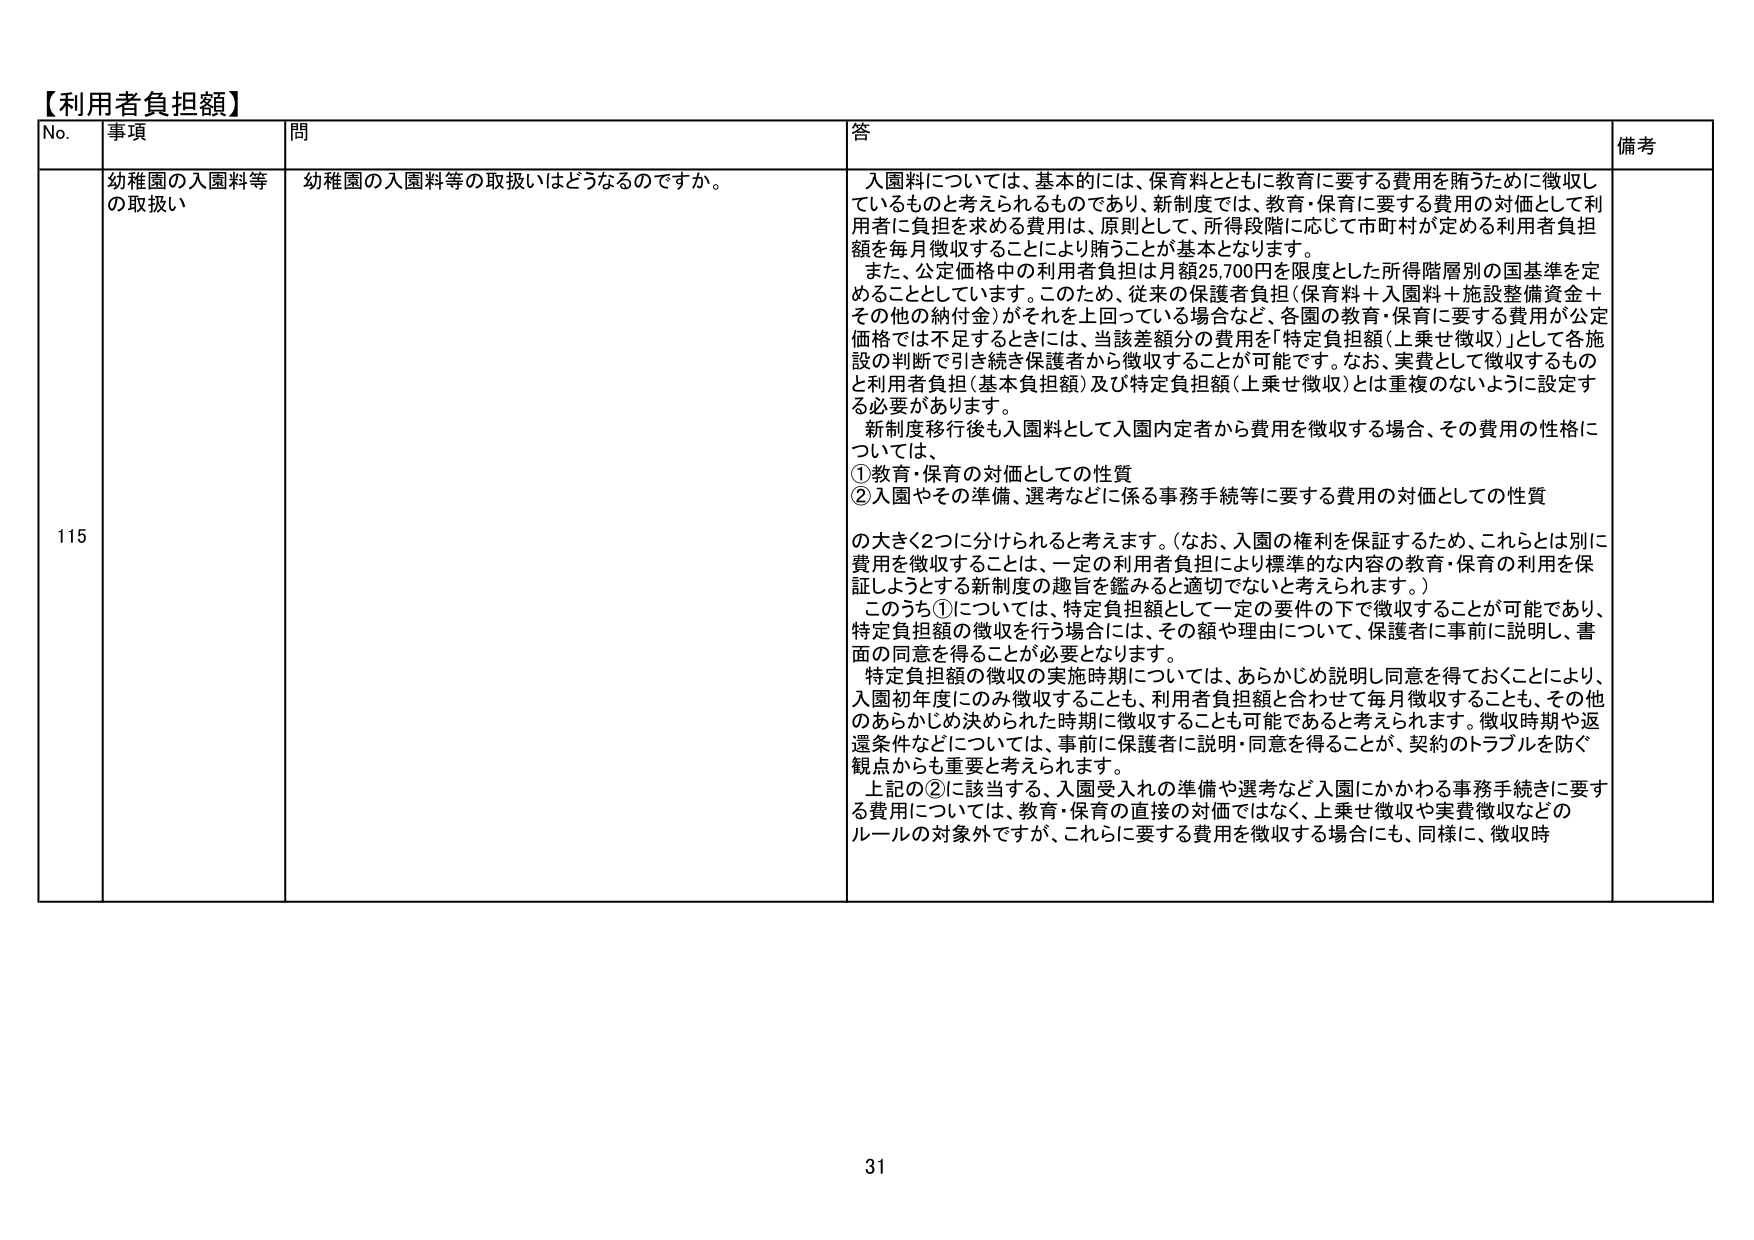
【利用者負担額】
No. 事項 問 答 備考
115 幼稚園の入園料等の取扱い 幼稚園の入園料等の取扱いはどうなるのですか。 入園料については、基本的には、保育料とともに教育に要する費用を賄うために徴収しているものと考えられるものであり、新制度では、教育・保育に要する費用の対価として利用者に負担を求める費用は、原則として、所得段階に応じて市町村が定める利用者負担額を毎月徴収することにより賄うことが基本となります。 また、公定価格中の利用者負担は月額25,700円を限度とした所得階層別の国基準を定めることとしています。このため、従来の保護者負担（保育料＋入園料＋施設整備資金＋その他の納付金）がそれを上回っている場合など、各園の教育・保育に要する費用が公定価格では不足するときには、当該差額分の費用を「特定負担額（上乗せ徴収）」として各施設の判断で引き続き保護者から徴収することが可能です。なお、実費として徴収するものと利用者負担（基本負担額）及び特定負担額（上乗せ徴収）とは重複のないように設定する必要があります。 新制度移行後も入園料として入園内定者から費用を徴収する場合、その費用の性格については、 ①教育・保育の対価としての性質 ②入園やその準備、選考などに係る事務手続等に要する費用の対価としての性質 の大きく2つに分けられると考えます。（なお、入園の権利を保証するため、これらとは別に費用を徴収することは、一定の利用者負担により標準的な内容の教育・保育の利用を保証しようとする新制度の趣旨を鑑みると適切でないと考えられます。） このうち①については、特定負担額として一定の要件の下で徴収することが可能であり、特定負担額の徴収を行う場合には、その額や理由について、保護者に事前に説明し、書面の同意を得ることが必要となります。 特定負担額の徴収の実施時期については、あらかじめ説明し同意を得ておくことにより、入園初年度にのみ徴収することも、利用者負担額と合わせて毎月徴収することも、その他のあらかじめ決められた時期に徴収することも可能であると考えられます。徴収時期や返還条件などについては、事前に保護者に説明・同意を得ることが、契約のトラブルを防ぐ観点からも重要と考えられます。 上記の②に該当する、入園受入れの準備や選考など入園にかかわる事務手続きに要する費用については、教育・保育の直接の対価ではなく、上乗せ徴収や実費徴収などのルールの対象外ですが、これらに要する費用を徴収する場合にも、同様に、徴収時 31